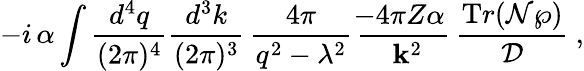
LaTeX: -i\, \alpha\int\frac{d^{4}q}{(2\pi)^{4}}\frac{d^{3}k}{(2\pi)^{3}}\, \frac{4\pi}{q^{2}-\lambda^{2}}\, \frac{\! \! -4\pi Z\alpha}{~{\mathbf k}^{2}}\, \frac{{\mathrm Tr}({\cal N}\wp)}{\cal D}~,